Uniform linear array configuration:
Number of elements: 8
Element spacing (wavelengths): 0.25
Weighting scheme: cosine
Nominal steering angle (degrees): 45
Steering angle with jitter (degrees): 43.867
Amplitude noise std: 0.05
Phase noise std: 0.05

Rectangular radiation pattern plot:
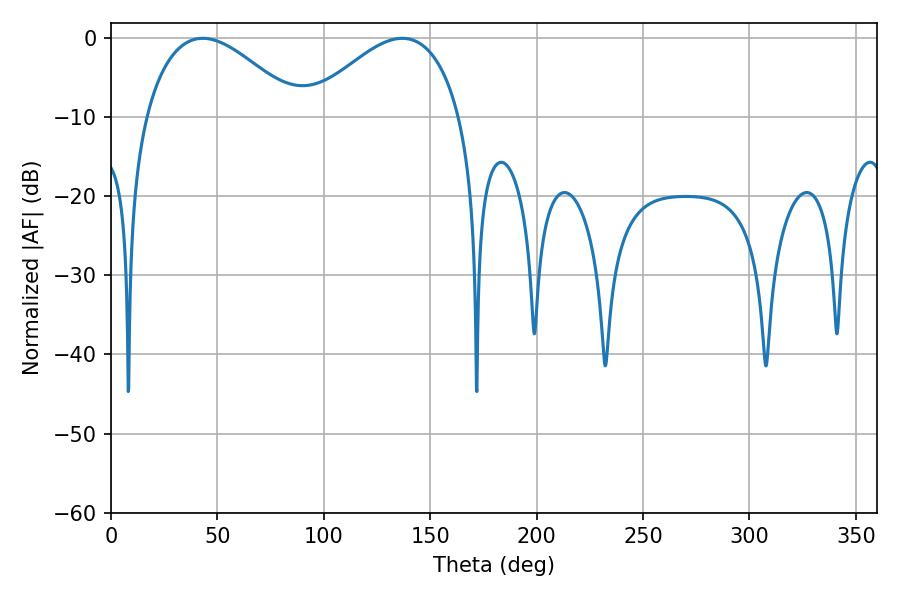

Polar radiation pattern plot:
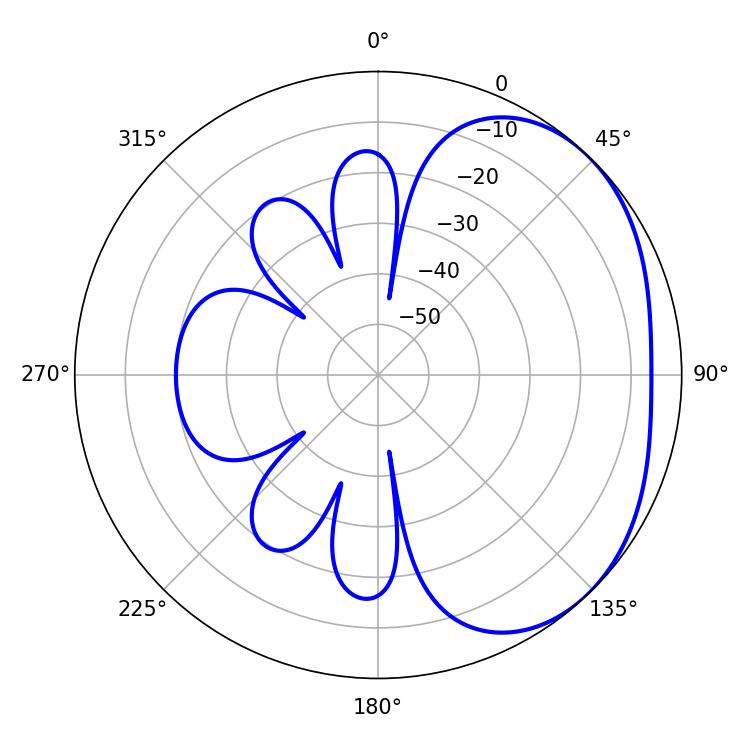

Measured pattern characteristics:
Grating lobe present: FALSE
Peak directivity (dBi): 2.691
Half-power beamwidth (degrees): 39.42
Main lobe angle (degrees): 43.2